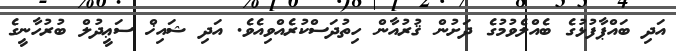
އަދި ބައްޕާފުޅުގެ ބެއްލެވުމުގެ ދަށުން ޤުރުއާން ހިތުދަސްކުރެއްވިއެވެ. އަދި ޝައިޚް ސަޢީދުލް ބުރުހާނީގެ